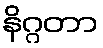
နိဂ္ဂတာ